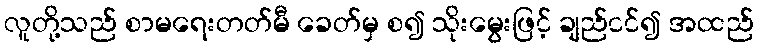
လူတို့သည် စာမရေးတတ်မီ ခေတ်မှ စ၍ သိုးမွေးဖြင့် ချည်ငင်၍ အထည်